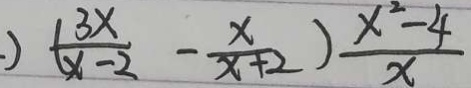
) ( \frac { 3 x } { x - 2 } - \frac { x } { x + 2 } ) \frac { x ^ { 2 } - 4 } { x }